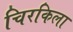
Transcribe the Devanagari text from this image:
चिरकिला